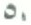
50